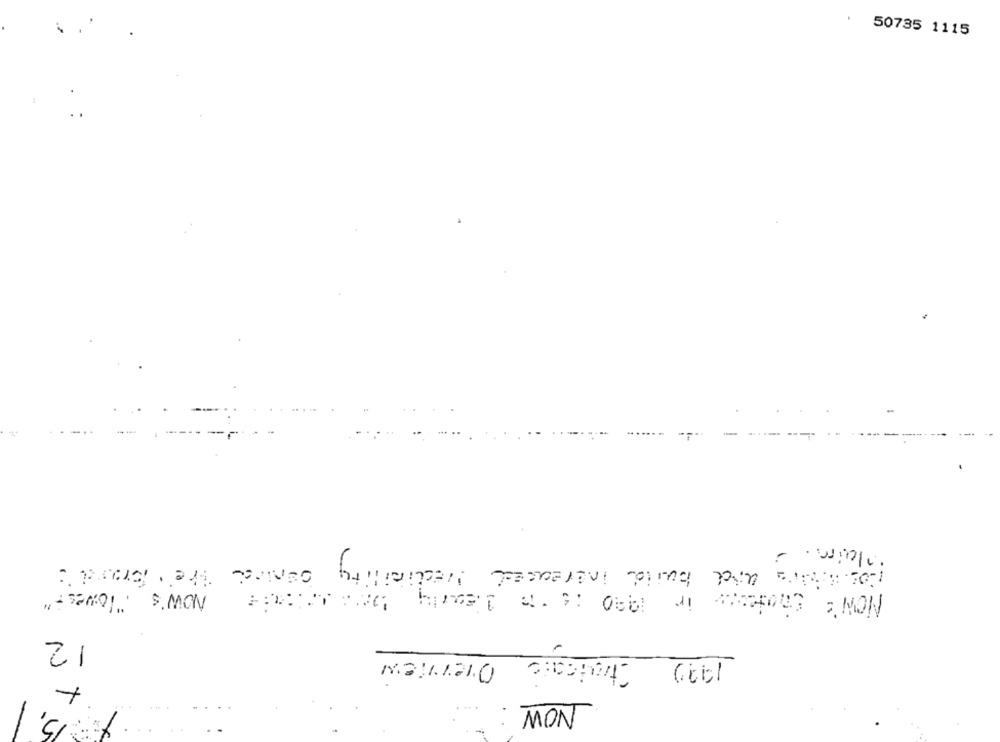
50735 1115
positive and build increased Precibility
Central The Brand :
NOW's "lowest"
ir
NON: Che
12
Ctraticate
-
. .
MON